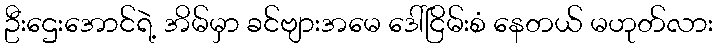
ဦးဌေးအောင်ရဲ့ အိမ်မှာ ခင်ဗျားအမေ ဒေါ်ငြိမ်းစံ နေတယ် မဟုတ်လား